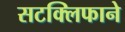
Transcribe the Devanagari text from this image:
सटक्लिफाने